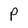
Character: P